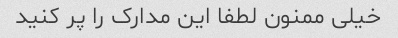
خیلی ممنون لطفا این مدارک را پر کنید